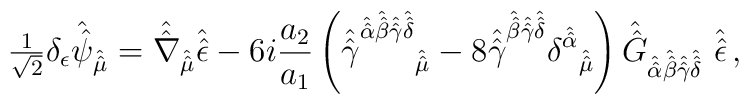
{\textstyle\frac{1}{\sqrt{2}}} \delta_{\epsilon}\hat{\hat{\psi}}_{\hat{\hat{\mu}}}= \hat{\hat{\nabla}}_{\hat{\hat{\mu}}}\hat{\hat{\epsilon}}-6i\frac{a_{2}}{a_{1}}\left(\hat{\hat{\gamma}}^{\hat{\hat{\alpha}} \hat{\hat{\beta}}\hat{\hat{\gamma}} \hat{\hat{\delta}}}{}_{\hat{\hat{\mu}}}-8 \hat{\hat{\gamma}}^{\hat{\hat{\beta}} \hat{\hat{\gamma}}\hat{\hat{\delta}}}\delta^{\hat{\hat{\alpha}}}{}_{\hat{\hat{\mu}}} \right)\hat{\hat{G}}_{\hat{\hat{\alpha}} \hat{\hat{\beta}} \hat{\hat{\gamma}}\hat{\hat{\delta}}}\ \hat{\hat{\epsilon}}\, ,